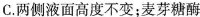
C.两侧液面高度不变；麦芽糖酶